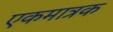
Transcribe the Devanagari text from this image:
एकमात्रक